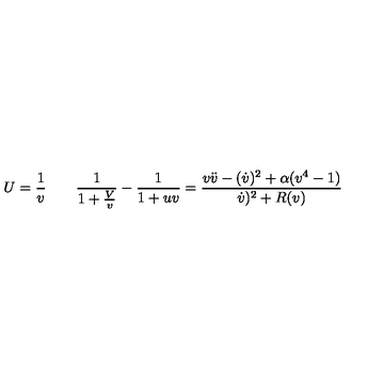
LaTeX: U = { \frac { 1 } { v } } \qquad { \frac { 1 } { 1 + { \frac { V } { v } } } } - { \frac { 1 } { 1 + u v } } = \frac { v \ddot { v } - ( \dot { v } ) ^ { 2 } + \alpha ( v ^ { 4 } - 1 ) } { \dot { v } ) ^ { 2 } + R ( v ) }